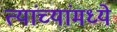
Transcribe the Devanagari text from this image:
त्यांच्यांमध्ये